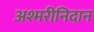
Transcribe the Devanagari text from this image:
अश्मरीनिदान